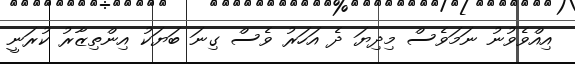
އިއްވެވުނު ނަމަވެސް މިދިޔަ ދެ އަހަރު ވެސް ގިނަ ބަޔަކު އިންތިޒާރު ކުރަނީ